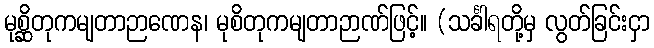
မုစ္ဆိတုကမျတာဉာဏေန၊ မုစိတုကမျတာဉာဏ်ဖြင့်။ (သင်္ခါရတို့မှ လွတ်ခြင်းငှာ